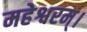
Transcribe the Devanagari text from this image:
महेश्वरम्।